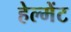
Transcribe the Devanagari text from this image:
हेल्मेंट